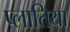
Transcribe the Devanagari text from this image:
प्लातिया